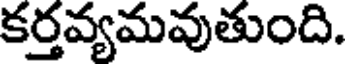
కర్తవ్యమవుతుంది.